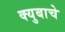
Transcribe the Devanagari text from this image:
क्युबाचे